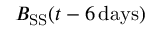
B _ { \mathrm { S S } } ( t - 6 \mathrm { \, d a y s } )